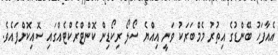
އެއާފަހު ބޭންޑުގެ އިތުރު މެމްބަރަކު ވަނީ އިއްޔެ ސޯލޯ ރިކޯޑިން ކޮންޓްރެކްޓެއްގައި ސޮއިކޮށްފައެވެ.